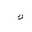
Letter: _kaf